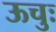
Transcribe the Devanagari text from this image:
ऊचुः